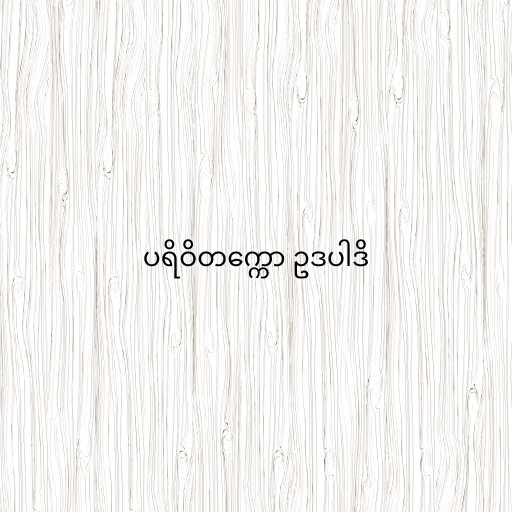
ပရိဝိတက္ကော ဥဒပါဒိ